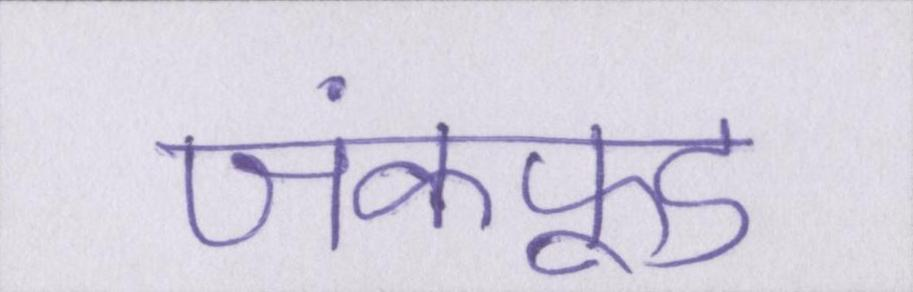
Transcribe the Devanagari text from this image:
जंकफूड